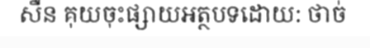
សឺន គុយចុះផ្សាយអត្ថបទដោយ: ថាច់